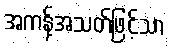
အကန့်အသတ်ဖြင့်သာ